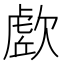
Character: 𭭔